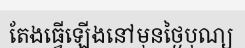
តែងធ្វើឡើងនៅមុនថ្ងៃបុណ្យ